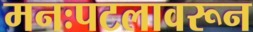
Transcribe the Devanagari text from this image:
मनःपटलावरून